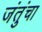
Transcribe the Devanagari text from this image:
जंतुंचा